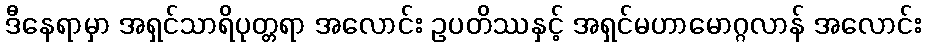
ဒီနေရာမှာ အရှင်သာရိပုတ္တရာ အလောင်း ဥပတိဿနှင့် အရှင်မဟာမောဂ္ဂလာန် အလောင်း